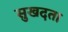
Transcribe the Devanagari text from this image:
सुखदता